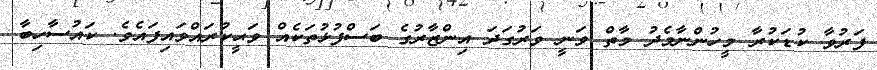
ފަރުވާ ކުޑަކުރާ މީހުންނާމެދު މާތް ވަނީ ވަރުގަދަ އިންޒާރުގެ ބަސްފުޅުތަކެއް ވަޙީކުރައްވައިފައެވެ. ކައުސާހިބާ